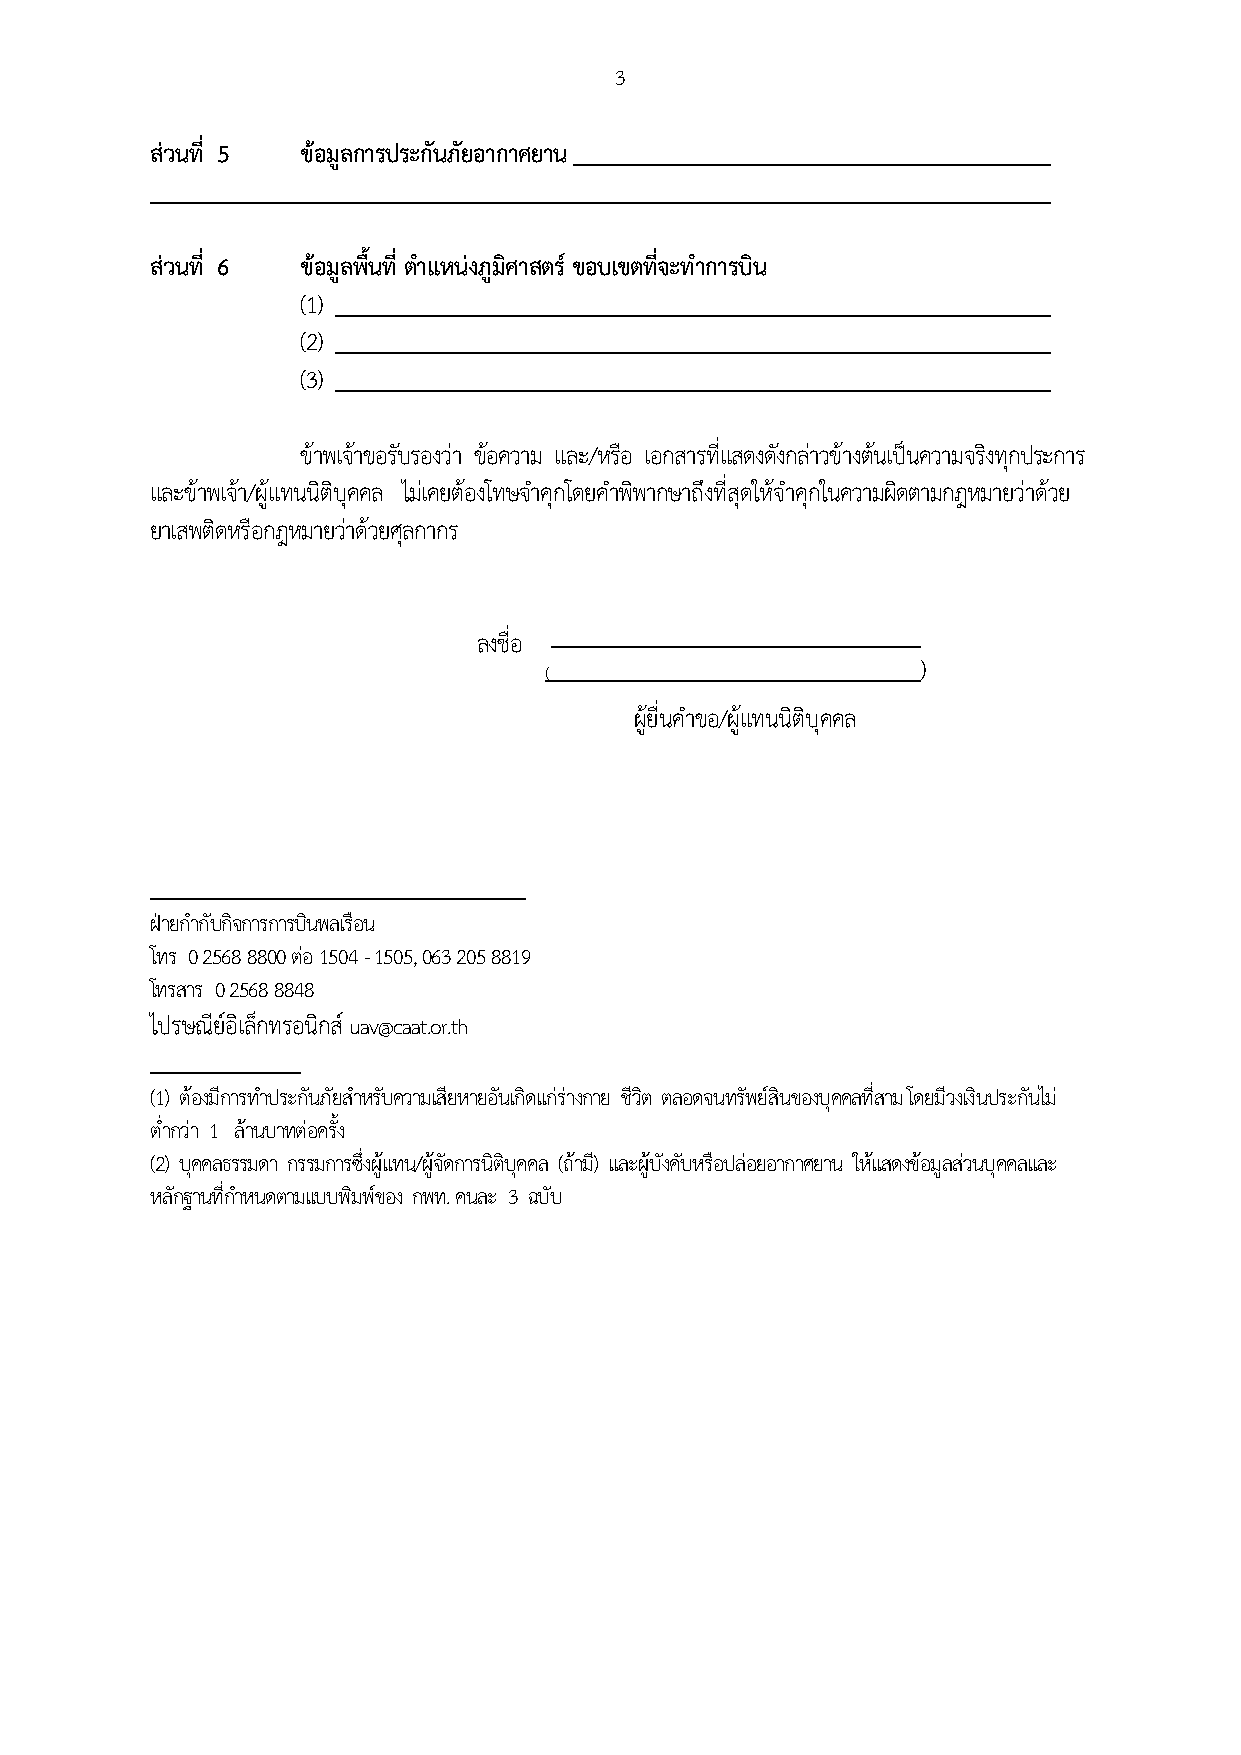
3
 ส่วนที่ 5 ข้อมูลกำรประกันภัยอำกำศยำน
 ส่วนที่ 6 ข้อมูลพื้นที่ ต ำแหน่งภูมิศำสตร์ ขอบเขตที่จะท ำกำรบนิ
 (1)
 (2)
 (3)
 ข้าพเจ้าขอรับรองว่า ข้อความ และ/หรือ เอกสารที่แสดงดังกล่าวข้างต้นเป็นความจริงทุกประการ
 และข้าพเจ้า/ผู้แทนนิติบุคคล ไม่เคยต้องโทษจ าคุกโดยค าพิพากษาถึงที่สุดให้จ าคุกในความผิดตามกฎหมายว่าด้วย
 ยาเสพติดหรือกฎหมายว่าด้วยศลุ กากร
 ลงชื่อ
 )
 (
 ผู้ยื่นค าขอ/ผู้แทนนิติบุคคล
 ฝ่ายก ากับกิจการการบินพลเรือน
 โทร 0 2568 8800 ต่อ 1504 - 1505, 063 205 8819
 โทรสาร 0 2568 8848
 ไปรษณีย์อิเล็กทรอนิกส์ uav@caat.or.th
 (1) ต้องมีการทา ประกันภยั สา หรับความเสียหายอันเกิดแก่ร่างกาย ชีวิต ตลอดจนทรัพยส์ ินของบุคคลทสี่ าม โดยมีวงเงินประกนั ไม่
 ต่ ากว่า 1 ลา้ นบาทต่อครั้ง
 (2) บุคคลธรรมดา กรรมการซึ่งผู้แทน/ผจู้ ัดการนติ ิบุคคล (ถ้ามี) และผบู้ ังคับหรือปล่อยอากาศยาน ให้แสดงข้อมูลส่วนบุคคลและ
 หลักฐานที่ก าหนดตามแบบพิมพ์ของ กพท. คนละ 3 ฉบับ